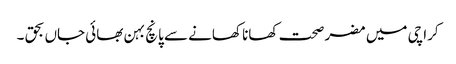
کراچی میں مضر صحت کھانا کھانے سے پانچ بہن بھائی جاں بحق ۔